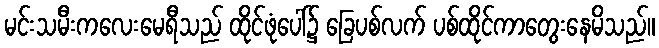
မင်းသမီးကလေးမေရီသည် ထိုင်ဖုံပေါ်၌ ခြေပစ်လက် ပစ်ထိုင်ကာတွေးနေမိသည်။